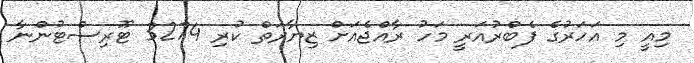
މިއީ މި އަހަރުގެ ފެބްރުއަރީ މަހު ރާއްޖެއަށް ޒިޔާރަތް ކުރި 3274 ޓޫރިސްޓުންނާ